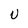
Character: v